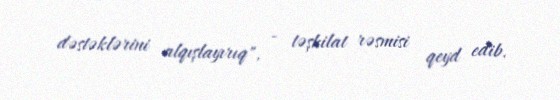
dəstəklərini alqışlayırıq", - təşkilat rəsmisi qeyd edib.